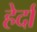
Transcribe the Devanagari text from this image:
हेर्दा